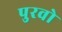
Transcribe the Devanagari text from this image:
पुरवो